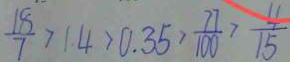
\frac { 1 8 } { 7 } > 1 . 4 > 0 . 3 5 > \frac { 7 7 } { 1 0 0 } > \frac { 4 } { 1 5 }